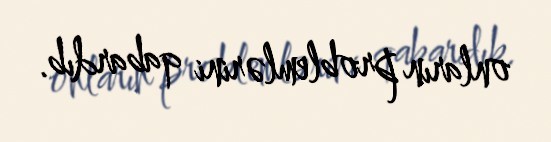
onların problemlərini qabardıb.